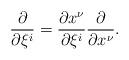
LaTeX: \begin{align*}{\partial\over\partial\xi^i}={\partial x^\nu\over\partial\xi^i}{\partial\over\partial x^\nu}.\end{align*}